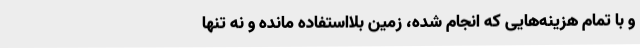
و با تمام هزینه‌هایی که انجام شده، زمین بلااستفاده مانده و نه تنها